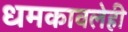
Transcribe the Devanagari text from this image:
धमकावलेही